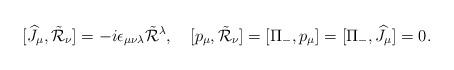
LaTeX: \begin{align*}[\widehat{J}_\mu,\tilde{\cal R}_\nu]=-i \epsilon_{\mu\nu\lambda}\tilde{\cal R}{}^\lambda,\quad[p_\mu,\tilde{\cal R}_\nu]=[\Pi_-,p_\mu]=[\Pi_-,\widehat{J}_\mu]=0.\end{align*}